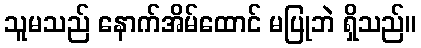
သူမသည် နောက်အိမ်ထောင် မပြုဘဲ ရှိသည်။